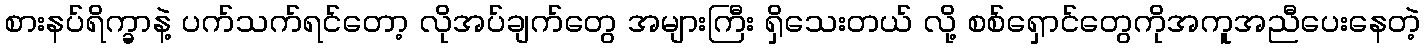
စားနပ်ရိက္ခာနဲ့ ပက်သက်ရင်တော့ လိုအပ်ချက်တွေ အများကြီး ရှိသေးတယ် လို့ စစ်ရှောင်တွေကိုအကူအညီပေးနေတဲ့